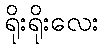
ရိုးရိုးလေး